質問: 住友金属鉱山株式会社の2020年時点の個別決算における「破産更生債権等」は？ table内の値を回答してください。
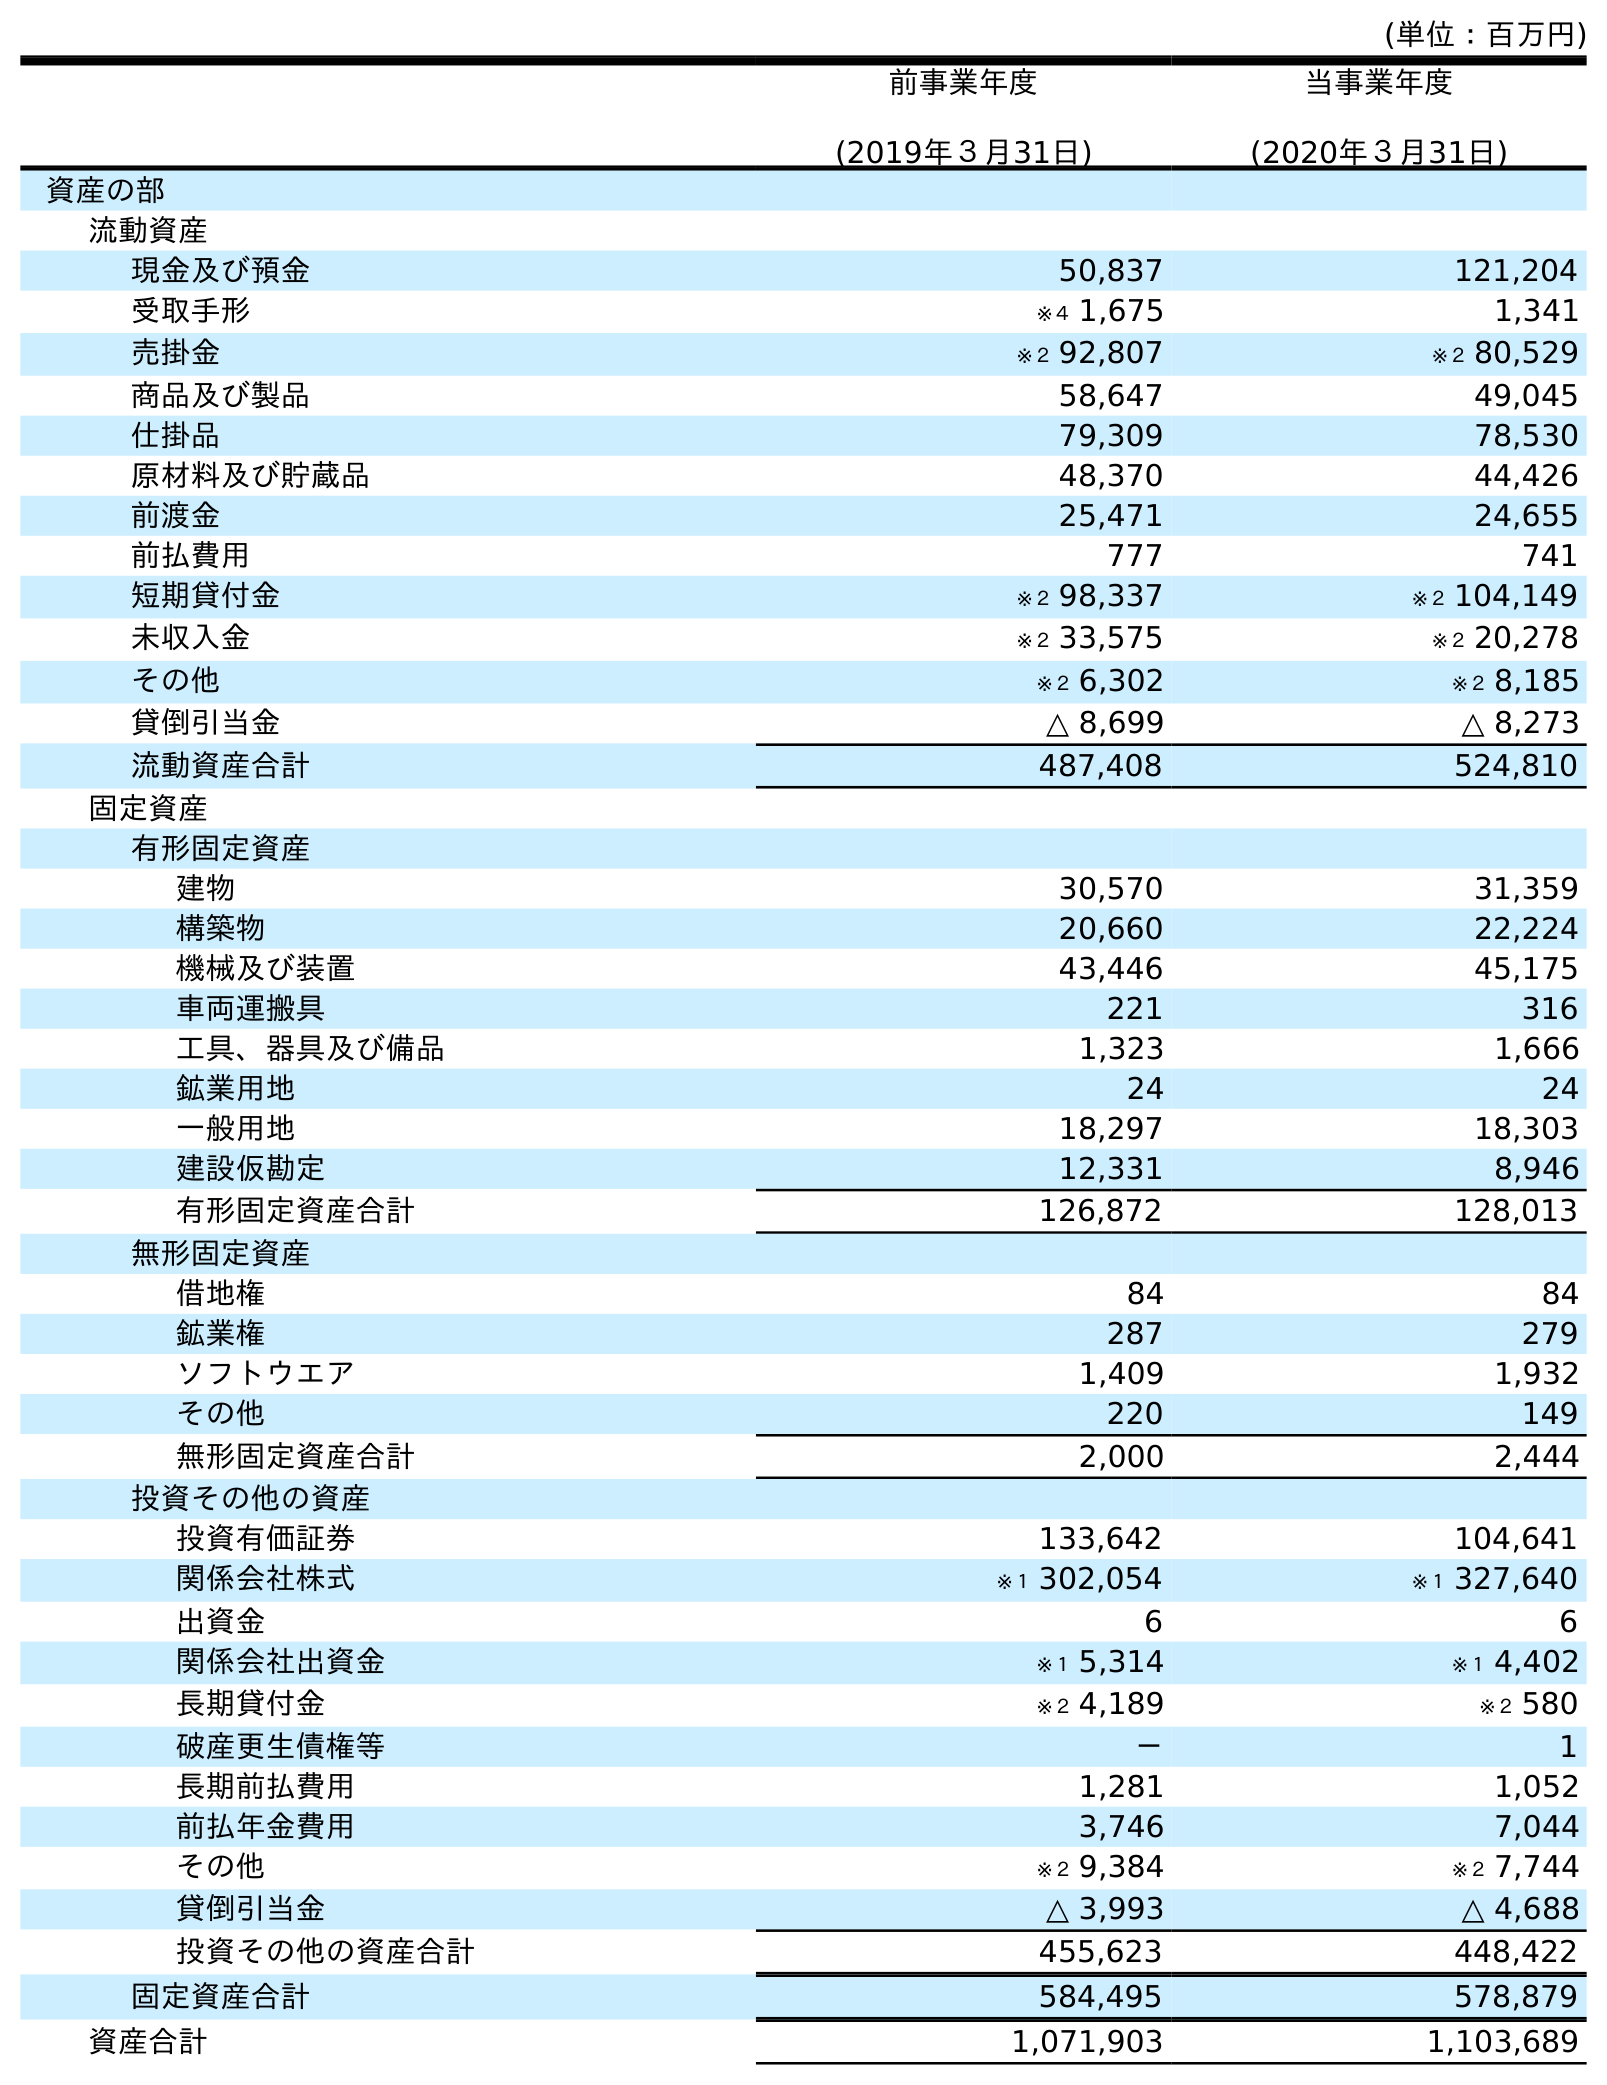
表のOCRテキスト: (単位：百万円) 前事業年度 (2019年３月31日) 当事業年度 (2020年３月31日) 資産の部 流動資産 現金及び預金 50,837 121,204 受取手形 ※４ 1,675 1,341 売掛金 ※２ 92,807 ※２ 80,529 商品及び製品 58,647 49,045 仕掛品 79,309 78,530 原材料及び貯蔵品 48,370 44,426 前渡金 25,471 24,655 前払費用 777 741 短期貸付金 ※２ 98,337 ※２ 104,149 未収入金 ※２ 33,575 ※２ 20,278 その他 ※２ 6,302 ※２ 8,185 貸倒引当金 △ 8,699 △ 8,273 流動資産合計 487,408 524,810 固定資産 有形固定資産 建物 30,570 31,359 構築物 20,660 22,224 機械及び装置 43,446 45,175 車両運搬具 221 316 工具、器具及び備品 1,323 1,666 鉱業用地 24 24 一般用地 18,297 18,303 建設仮勘定 12,331 8,946 有形固定資産合計 126,872 128,013 無形固定資産 借地権 84 84 鉱業権 287 279 ソフトウエア 1,409 1,932 その他 220 149 無形固定資産合計 2,000 2,444 投資その他の資産 投資有価証券 133,642 104,641 関係会社株式 ※１ 302,054 ※１ 327,640 出資金 6 6 関係会社出資金 ※１ 5,314 ※１ 4,402 長期貸付金 ※２ 4,189 ※２ 580 破産更生債権等 － 1 長期前払費用 1,281 1,052 前払年金費用 3,746 7,044 その他 ※２ 9,384 ※２ 7,744 貸倒引当金 △ 3,993 △ 4,688 投資その他の資産合計 455,623 448,422 固定資産合計 584,495 578,879 資産合計 1,071,903 1,103,689
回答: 1